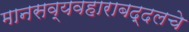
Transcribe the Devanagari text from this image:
मानसव्यवहाराबद्दलचे